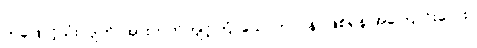
တဖြောင့်သုံးလျက်၊ အားတက်ကျင့်ကြံ၊ သောတာပန်၊ ဖြစ်ရန် အကြောင်းလေး။